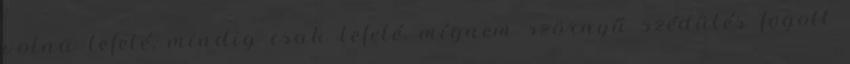
volna lefelé, mindig csak lefelé, mígnem szörnyű szédülés fogott